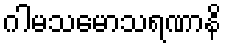
ဂါမသမောသရဏာနိ